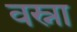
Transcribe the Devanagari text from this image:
वस्ना